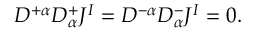
{ \cal D } ^ { + \alpha } { \cal D } _ { \alpha } ^ { + } J ^ { I } = { \cal D } ^ { - \alpha } { \cal D } _ { \alpha } ^ { - } J ^ { I } = 0 .